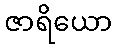
ဇာရိယော